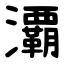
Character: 㶚